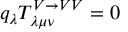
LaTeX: q _ { \lambda } T _ { \lambda \mu \nu } ^ { V \rightarrow V V } = 0